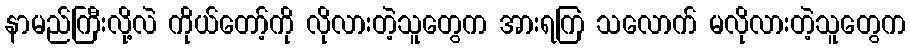
နာမည်ကြီးလို့လဲ ကိုယ်တော့်ကို လိုလားတဲ့သူတွေက အားရကြ သလောက် မလိုလားတဲ့သူတွေက